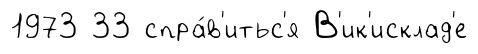
1973 33 спра́в'итьс'я В'ик'исклад'е